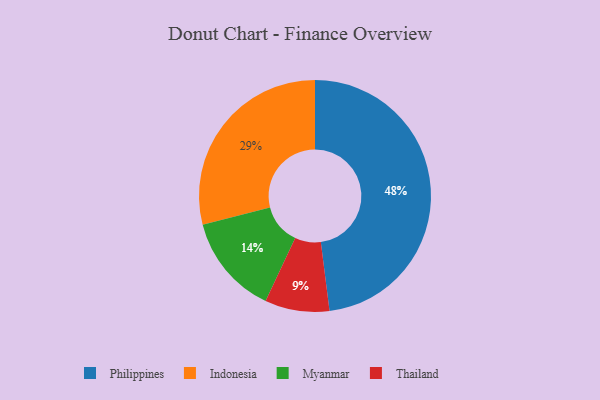
{"axis": {"x": "Category", "y": "Percentage"}, "legend": ["Indonesia", "Myanmar", "Philippines", "Thailand"], "data": [{"x": "Myanmar", "y": 14, "type": "Myanmar"}, {"x": "Philippines", "y": 48, "type": "Philippines"}, {"x": "Thailand", "y": 9, "type": "Thailand"}, {"x": "Indonesia", "y": 29, "type": "Indonesia"}]}